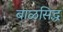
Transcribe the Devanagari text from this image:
बाळसिद्ध